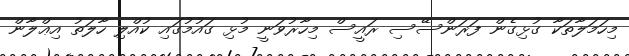
މިހަމަލާތަކާ ގުޅިގެން ފަރަންސޭސި ރައީސް މިހާރުވަނީ މުޅި ގައުމުގައި ކުއްލި ހާލަތު އިޢްލާން